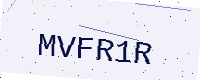
Text: MVFR1R